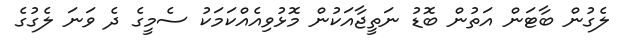
ލެގުން ބާޓަން އަތުން ބޮޑު ނަތީޖާއަކުން މޮޅުވިއެއްކަމަކު ސެމީގެ ދެ ވަނަ ލެގުގެ